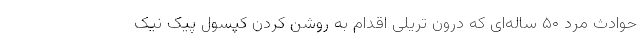
حوادث مرد ۵۰ ساله‌ای که درون تریلی اقدام به روشن کردن کپسول پیک نیک